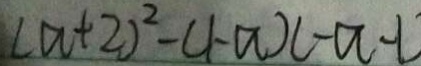
( a + 2 ) ^ { 2 } - ( 1 - a ) ( - a - 1